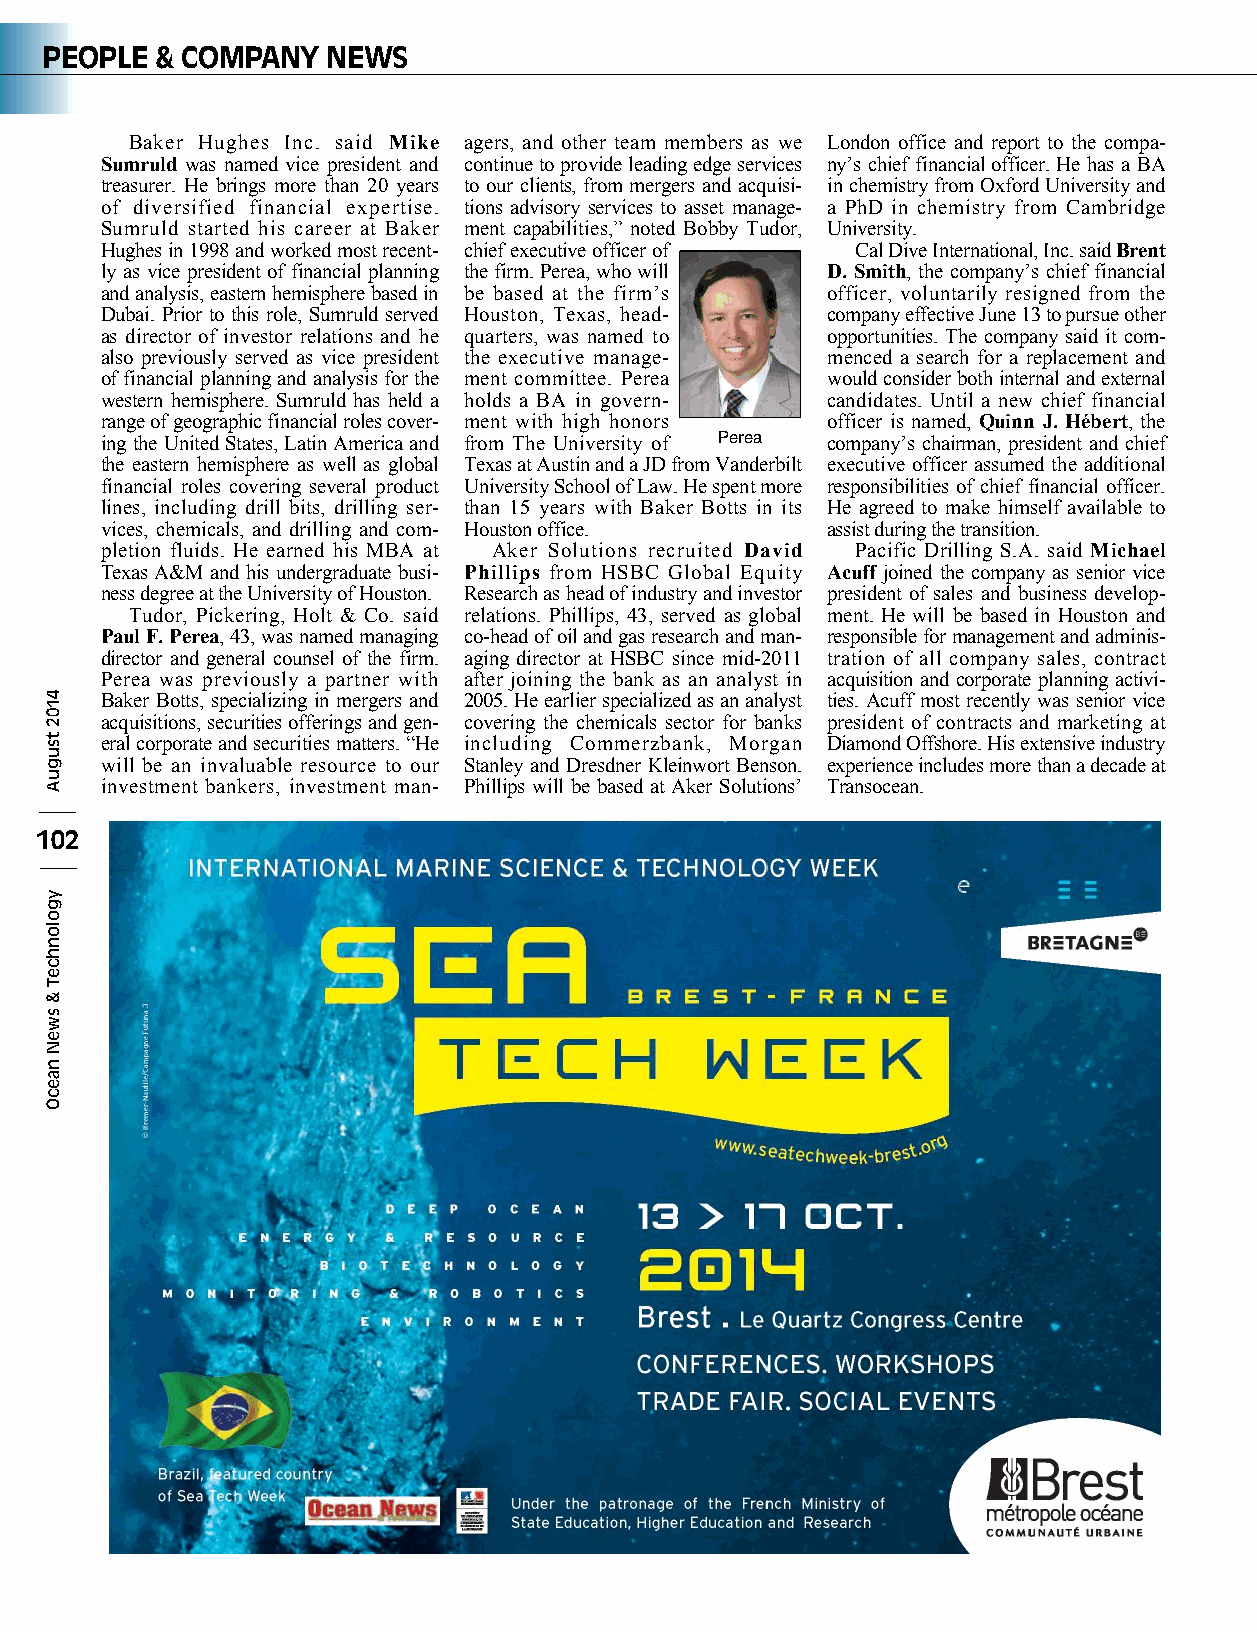
PEOPLE & COMPANY   NEWS
 Baker Hughes Inc. said Mike agers, and other team members as we London office and report to the compa-
 Sumruld was named vice president and continue to provide leading edge services ny’s chief financial officer. He has a BA
 treasurer. He brings more than 20 years to our clients, from mergers and acquisi- in chemistry from Oxford University and
 of diversified financial expertise. tions advisory services to asset manage- a PhD in chemistry from Cambridge
 Sumruld started his career at Baker ment capabilities,” noted Bobby Tudor, University.
 Hughes in 1998 and worked most recent- chief executive officer of Cal Dive International, Inc. said Brent
 ly as vice president of financial planning the firm. Perea, who will D. Smith, the company’s chief financial
 and analysis, eastern hemisphere based in be based at the firm’s officer, voluntarily resigned from the
 Dubai. Prior to this role, Sumruld served Houston, Texas, head- company effective June 13 to pursue other
 as director of investor relations and he quarters, was named to opportunities. The company said it com-
 also previously served as vice president the executive manage- menced a search for a replacement and
 of financial planning and analysis for the ment committee. Perea would consider both internal and external
 western hemisphere. Sumruld has held a holds a BA in govern- candidates. Until a new chief financial
 range of geographic financial roles cover- ment with high honors officer is named, Quinn J. Hébert, the
 ing the United States, Latin America and from The University of Perea company’s chairman, president and chief
 the eastern hemisphere as well as global Texas at Austin and a JD from Vanderbilt executive officer assumed the additional
 financial roles covering several product University School of Law. He spent more responsibilities of chief financial officer.
 lines, including drill bits, drilling ser- than 15 years with Baker Botts in its He agreed to make himself available to
 vices, chemicals, and drilling and com- Houston office. assist during the transition.
 pletion fluids. He earned his MBA at Aker Solutions recruited David Pacific Drilling S.A. said Michael
 Texas A&M and his undergraduate busi- Phillips from HSBC Global Equity Acuff joined the company as senior vice
 ness degree at the University of Houston. Research as head of industry and investor president of sales and business develop-
 Tudor, Pickering, Holt & Co. said relations. Phillips, 43, served as global ment. He will be based in Houston and
 Paul F. Perea, 43, was named managing co-head of oil and gas research and man- responsible for management and adminis-
 director and general counsel of the firm. aging director at HSBC since mid-2011 tration of all company sales, contract
 Perea was previously a partner with after joining the bank as an analyst in acquisition and corporate planning activi-
 Baker Botts, specializing in mergers and 2005. He earlier specialized as an analyst ties. Acuff most recently was senior vice
 acquisitions, securities offerings and gen- covering the chemicals sector for banks president of contracts and marketing at
 eral corporate and securities matters. “He including Commerzbank, Morgan Diamond Offshore. His extensive industry
 will be an invaluable resource to our Stanley and Dresdner Kleinwort Benson. experience includes more than a decade at
 investment bankers, investment man- Phillips will be based at Aker Solutions’ Transocean.
 102
 4102
 tsuguA
 ygolonhceT
 &
 sweN
 naecO